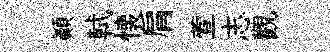
顚軾懐肩萱志觀